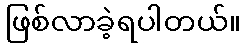
ဖြစ်လာခဲ့ရပါတယ်။